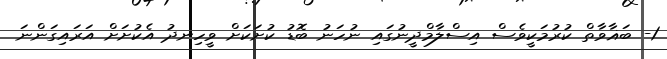
1- ބަޣާވާތް ކުރުމަކީވެސް އިސްލާމްދީނުގައި ނުހަނު ބޮޑު ކުށަކަށް ވީހިނދު އެކުށަށް އަރައިގަންނަ